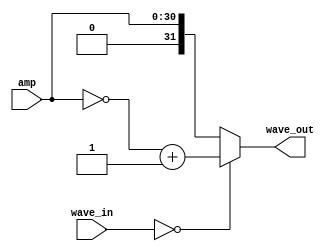
module twos_comp_converter(
    input[31:0] wave_in,
    input[30:0] amp,
    output reg[31:0] wave_out
);

    always@(*) begin
        if(wave_in == 32'b0)
            wave_out = ~amp+1;
        else
            wave_out = amp;
    end
endmodule